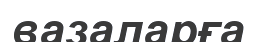
вазаларға